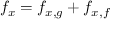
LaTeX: f _ { x } = f _ { x , g } + f _ { x , f }